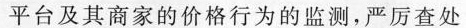
平台及其商家的价格行为的监测，严厉查处